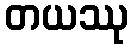
တယဿု